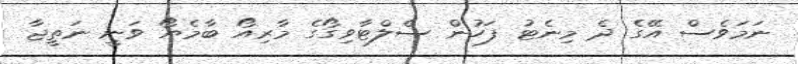
ނަމަވެސް އޭގެ ދެ މިނެޓު ފަހުން ސެލްޓާވިގޯގެ މާރިއޯ ބާމެޔޯ ވަނީ ނަތީޖާ